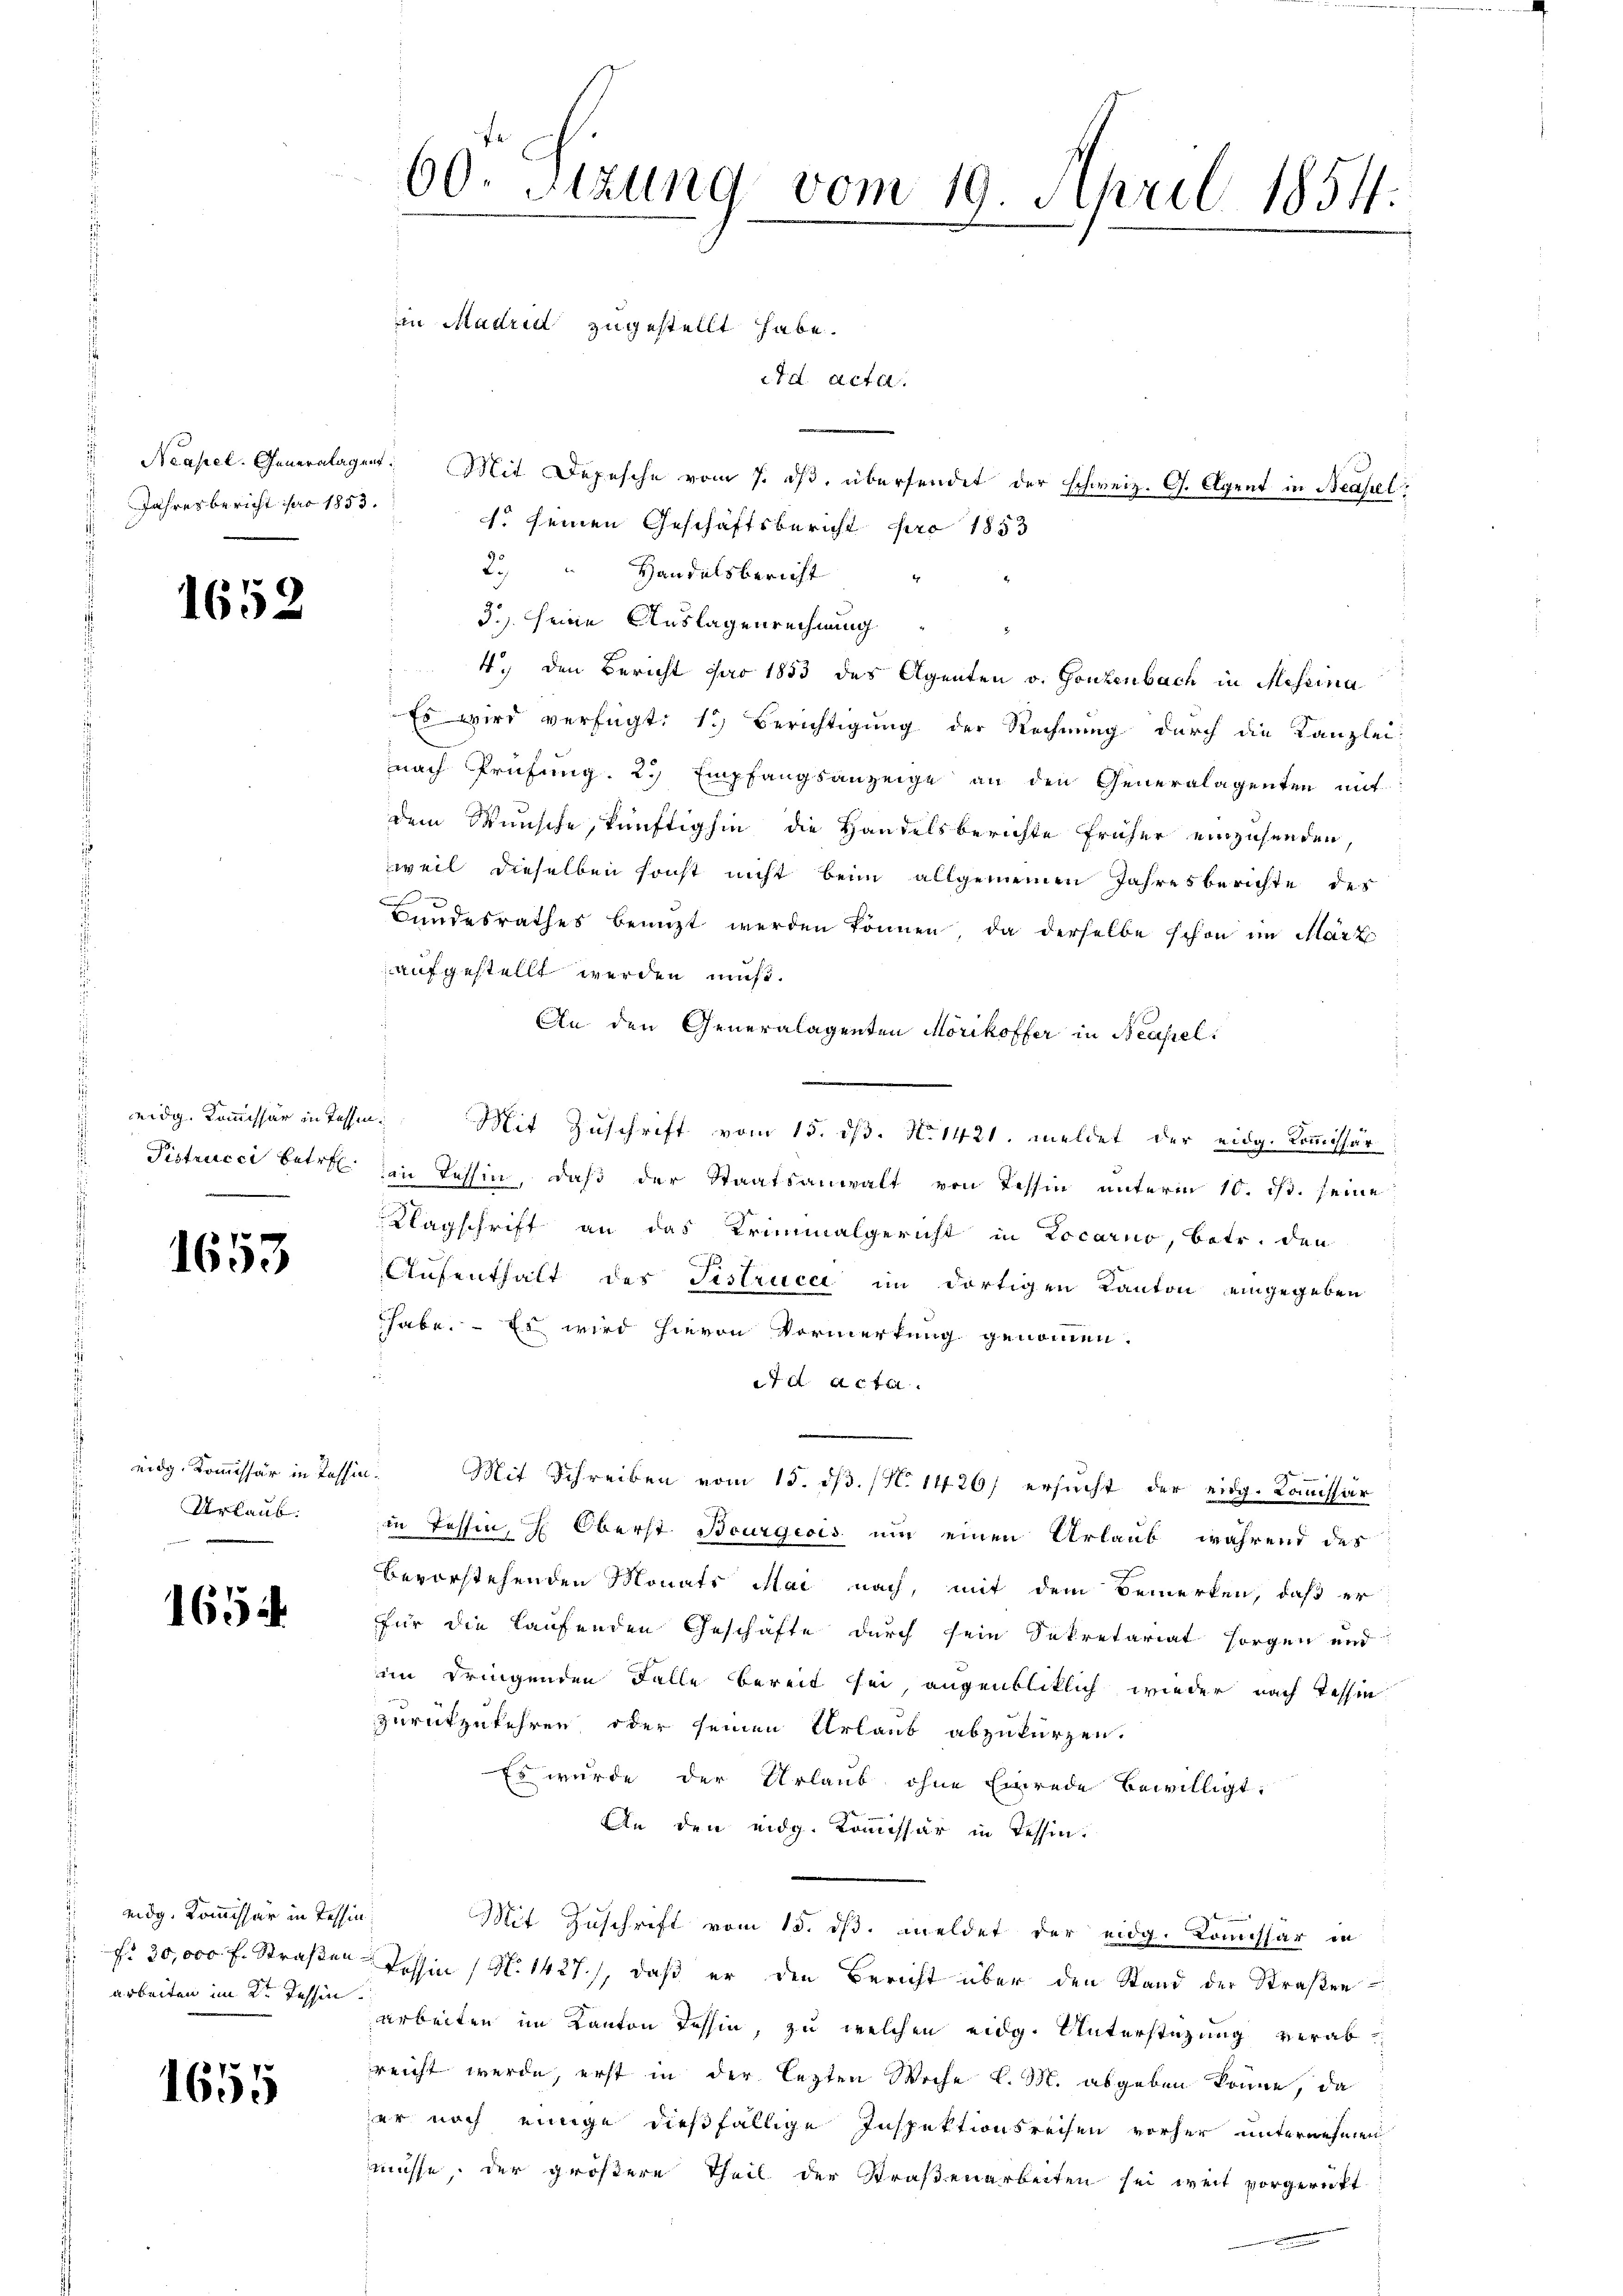
Jahresbericht pro 1853.

1652

Pistrucci betr.
e

1653

Urlaub.
d

1654.

eidg. Kommissär in Tessin
 30,000 f. Straßen.
 arbeiten im 2ten Tessin

1655

60. Sitzung vom 19. April 1854.

td. Acta.
u Neapel. Generalagent. Mit Depesche vom 7. ds. übersendet der schweiz. G. Agent in Neapel.
f. seinen Geschäftsbericht pro 1853
2., Handelsbericht
3.) seine Auslagenrechnung
4.) Den Bericht par 1853 des Agenten v. Gonzenbach in Messina
Es wird verfügt: 1.) Berichtigung der Rechnung durch die Kanzlei-
nach Prüfung. 2. Empfangsanzeige an den Generalagenten mit
dem Wunsche, künftighin die Handelsberichte früher einzusenden,
weil dieselben sonst nicht beim allgemeinen Jahresberichte des
Bundesrathes benützt werden können, da derselbe schon im März
aufgestellt werden muß.
An den Generalagenten Morikoffer in Beassel.
eidg. Kommissär in Tessin. Mit Zuschrift vom 15. dß. N. 1421. meldet der eidg. Kommissär
an Tessin, daß der Staatsanwalt von Tessin unterm 10. ds. seine
Klagschrift an das Kriminalgericht in Locarno, betr. den
Aufenthalt des Fistrucci im dortigen Kanton eingegeben
habe. - Es wird hievon Vormerkung genommen.
7 d. Acte
14

eidg. Koṁissär in Tessin. Mit Schreiben vom 15. dβ. (N. 1426) ersŭcht der eidg. Koṁissär
in Tessin, H. Oberst Bourgeois um einen Urlaub während des
bevorstehenden Monats Mai nach, mit dem Bemerken, daß er
für die laufenden Geschäfte durch sein Sekretariat sorgen und
im dringenden Falle bereit sei, augenbliklich wieder nach Tessin
zurückzukehren, oder seinen Urlaub abzukürzen.
Es würde der Urlaub ohne Einrede bewilligt.
An den eidg. Kommissär in Tessin.
Mit Zuschrift vom 15. ds. meldet der eidg. Kommissär in
Tessin (N. 1427), daß er den Bericht über den Stand der Straßen
arbeiten im Kanton Tessin, zu welchen eidg. Unterstützung verabreicht werde, erst in der lezten Woche k. M. abgeben könne, da
er noch einige dießfällige Inspektionsreisen vorher unternehmen
müsse, der größere Theil der Straßenarbeiten sei weit vorgerückt
1

in Madrid zugestellt habe.